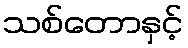
သစ်တောနှင့်